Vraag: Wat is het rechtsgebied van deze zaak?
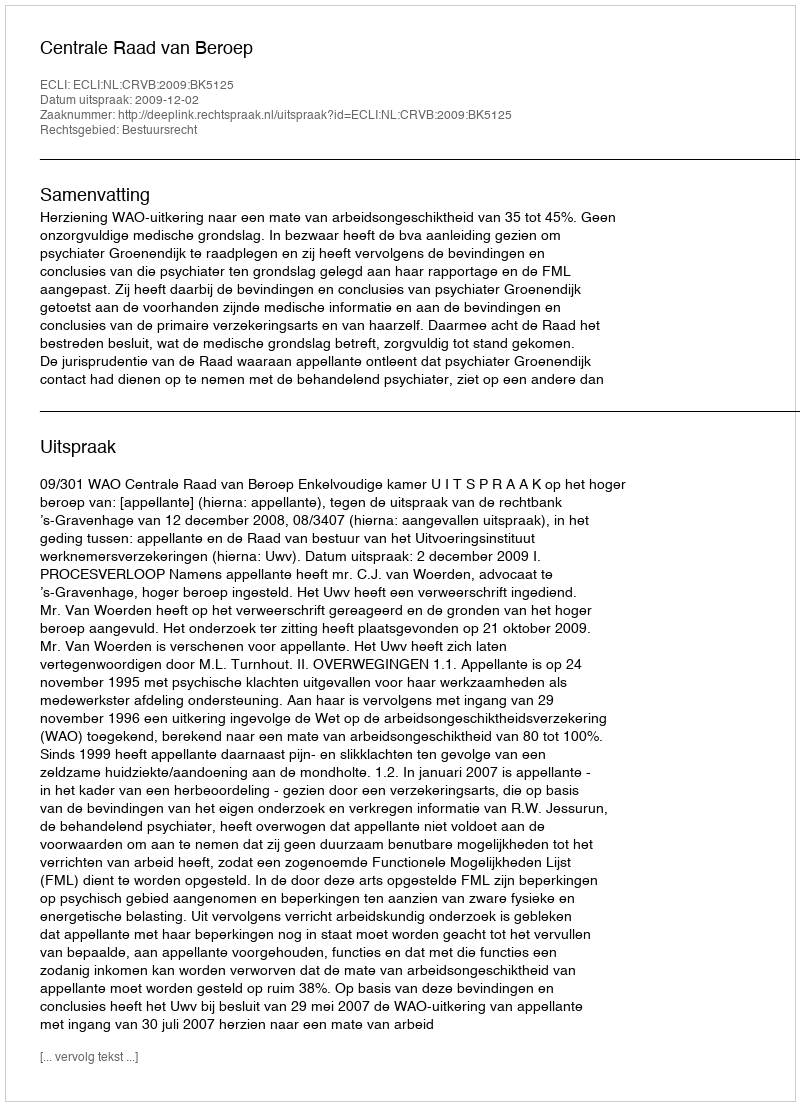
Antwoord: Bestuursrecht